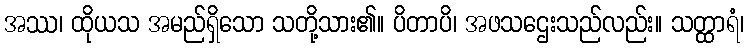
အဿ၊ ထိုယသ အမည်ရှိသော သတို့သား၏။ ပိတာပိ၊ အဖသဌေးသည်လည်း။ သတ္ထာရံ၊